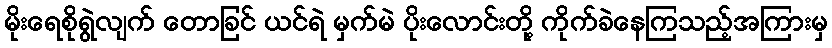
မိုးရေစိုရွဲလျက် တောခြင် ယင်ရဲ မှက်မဲ ပိုးလောင်းတို့ ကိုက်ခဲနေကြသည့်အကြားမှ